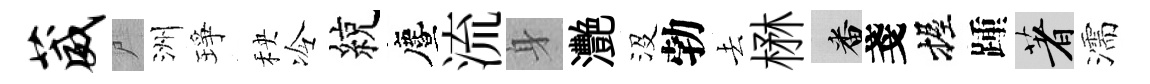
葳尸洲琤秧冷綂󵨌流身灧沒勃去楙番戔握踵著濡